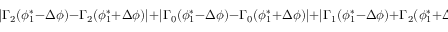
\vert \Gamma _ { 2 } ( \phi _ { 1 } ^ { * } - \Delta \phi ) - \Gamma _ { 2 } ( \phi _ { 1 } ^ { * } + \Delta \phi ) \vert + \vert \Gamma _ { 0 } ( \phi _ { 1 } ^ { * } - \Delta \phi ) - \Gamma _ { 0 } ( \phi _ { 1 } ^ { * } + \Delta \phi ) \vert + \vert \Gamma _ { 1 } ( \phi _ { 1 } ^ { * } - \Delta \phi ) + \Gamma _ { 2 } ( \phi _ { 1 } ^ { * } + \Delta \phi ) \vert